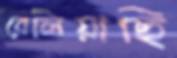
বেলিয়াছি